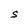
Character: S